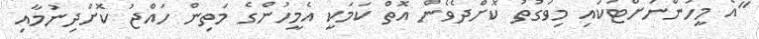
"އެ މީހުންނަށްޓަކައި މިވަގުތު ކޮށްދެވެން އޮތް ކަމަކީ އެމީހުންގެ މަތިން ހައްޖު ކޮށްދިނުމާއި